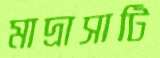
মাদ্রাসাটি